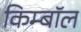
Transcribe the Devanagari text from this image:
किम्बॉल